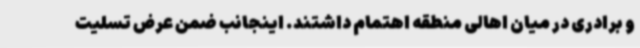
و برادری در میان اهالی منطقه اهتمام داشتند. اینجانب ضمن عرض تسلیت